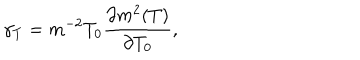
LaTeX: \gamma _ { T } = m ^ { - 2 } T _ { 0 } \frac { \partial m ^ { 2 } ( T ) } { \partial T _ { 0 } } ,